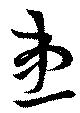
患